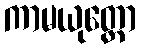
ကာမယုတ္တော